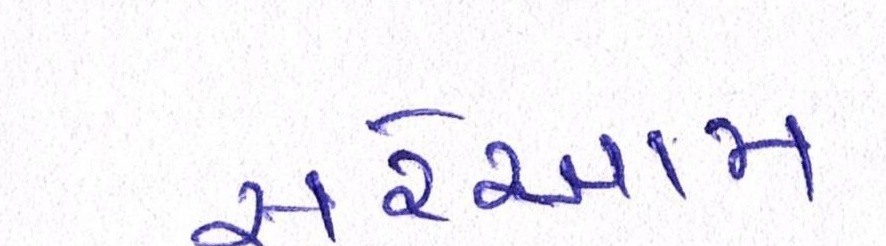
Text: સરેઆમ